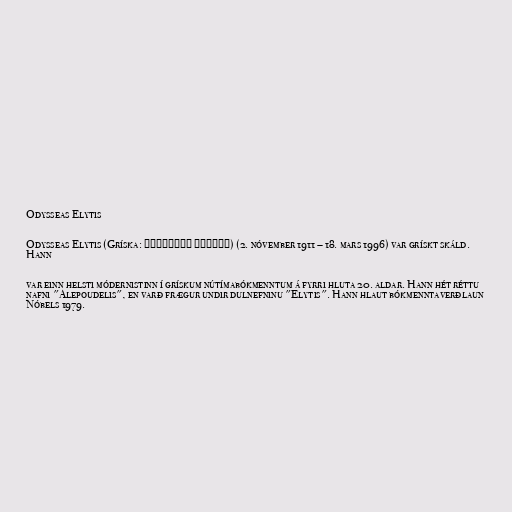
Odysseas Elytis

Odysseas Elytis (Gríska: Οδυσσέας Ελύτης) (2. nóvember 1911 – 18. mars 1996) var grískt skáld.
Hann

var einn helsti módernistinn í grískum nútímabókmenntum á fyrri hluta 20. aldar. Hann hét réttu
nafni "Alepoudelis", en varð frægur undir dulnefninu "Elytis". Hann hlaut bókmenntaverðlaun
Nóbels 1979.